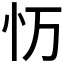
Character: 𭜌